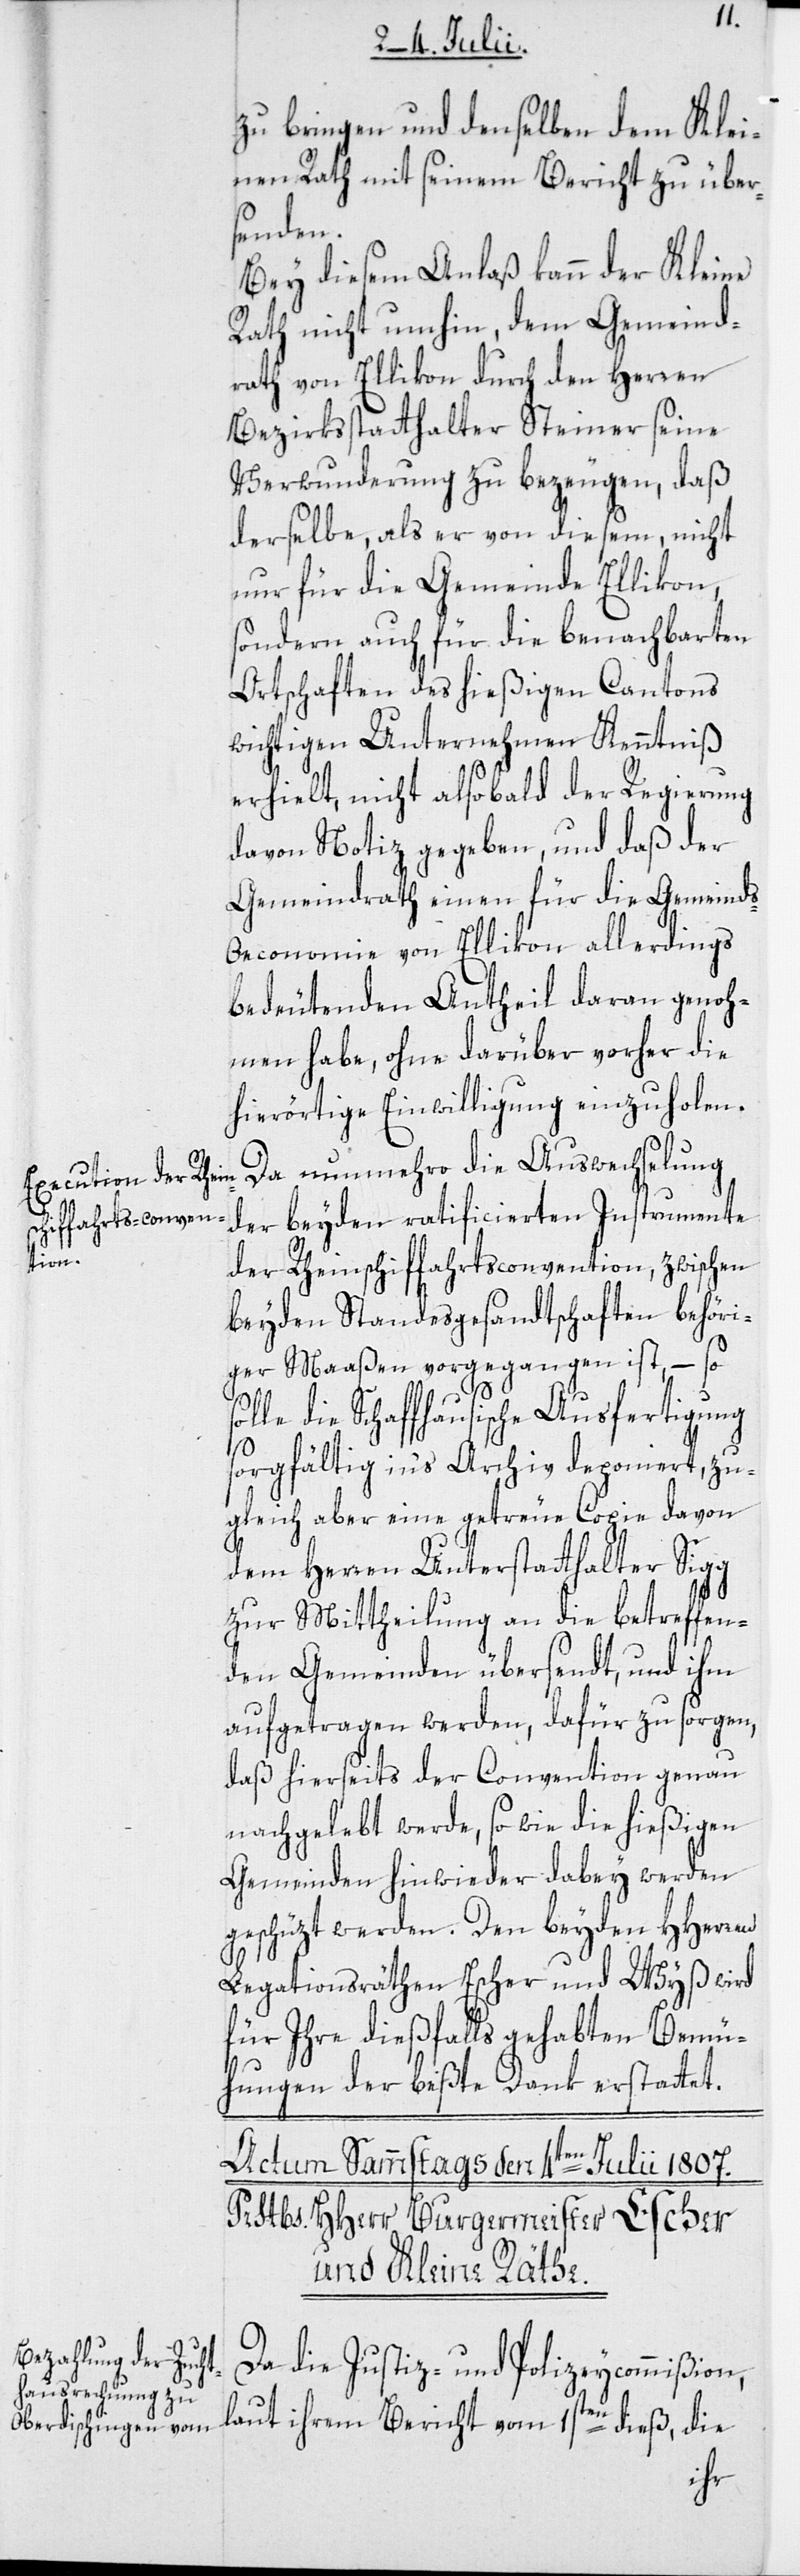
zu bringen und denselben dem Klei¬
nen Rath mit seinem Bericht zu übers¬
enden.
Bey diesem Anlaß kann der Kleine
Rath nicht umhin, dem Gemeind¬
rath von Ellikon durch den Herren
Bezirksstatthalter Steiner seine
Verwunderung zu bezeugen, daß
derselbe, als er von diesem, nicht
nur für die Gemeinde Ellikon,
sondern auch für die benachbarten
Ortschaften des hießigen Cantons
wichtigen Unternehmen Kenntniß
erhielt, nicht alsobald der Regierung
davon Notiz gegeben, und daß der
Gemeindrath einen für die Gemeind¬
economie von Ellikon allerdings
bedeutenden Antheil daran genoh¬
men habe, ohne darüber vorher die
hierörtige Einwilligung einzuholen.
Da nunmehro die Auswechselung
der beyden ratificierten Instrumente
der Rheinschiffahrts-Convention, zwischen
beyden Standesgesandtschaften behöri¬
ger Maaßen vorgegangen ist, – so
die Schaffhausische Ausfertigung
s-O¬
sorgfältig in‘s Archiv deponiert, zu¬
gleich aber eine getreue Copie davon
dem Herren Unterstatthalter Sigg
zur Mittheilung an die betreffen¬
den Gemeinden übersendt, und ihm
aufgetragen werden, dafür zu sorgen,
daß hierseits der Convention genau
nachgelebt werde, so wie die hießigen
Gemeinden hinwieder dabey werden
geschüzt werden. Den beyden HHerren
Legationsräthen Escher und Wyß wird
für Ihre dießfalls gehabten Bemü¬
hungen der beßte Dank erstattet.
Da die Justiz- und Polizeycommißion,
laut ihrem Bericht vom 1sten dieß, die